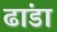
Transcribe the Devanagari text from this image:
ढांडा